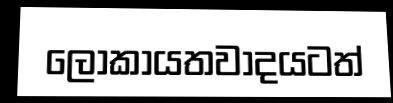
ලෝකායතවාදයටත්